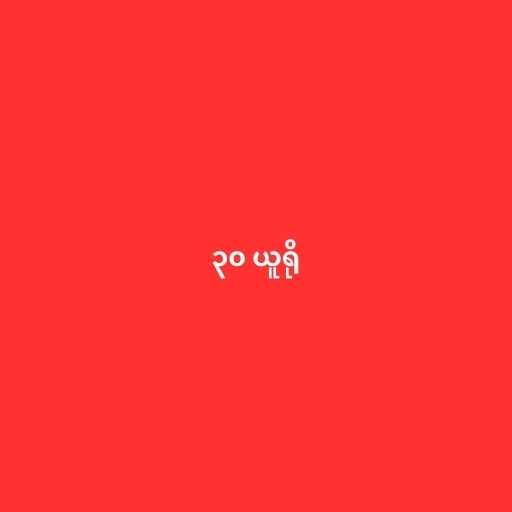
၃၀ ယူရို